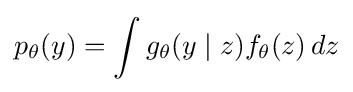
p_{\theta }(y)=\int g_{\theta }(y\mid z)f_{\theta }(z)\,dz